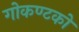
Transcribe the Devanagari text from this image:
गोकण्टको